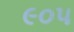
૯૦૫